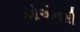
ઓએનસી